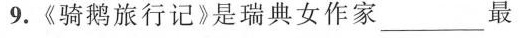
9.《骑鹅旅行记》是瑞典女作家___最